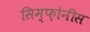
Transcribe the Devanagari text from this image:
सिम्फ़ोनीस